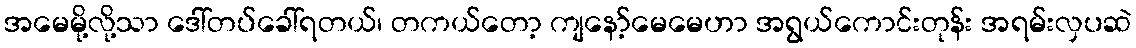
အမေမို့လို့သာ ဒေါ်တပ်ခေါ်ရတယ်၊ တကယ်တော့ ကျနော့်မေမေဟာ အရွယ်ကောင်းတုန်း အရမ်းလှပဆဲ